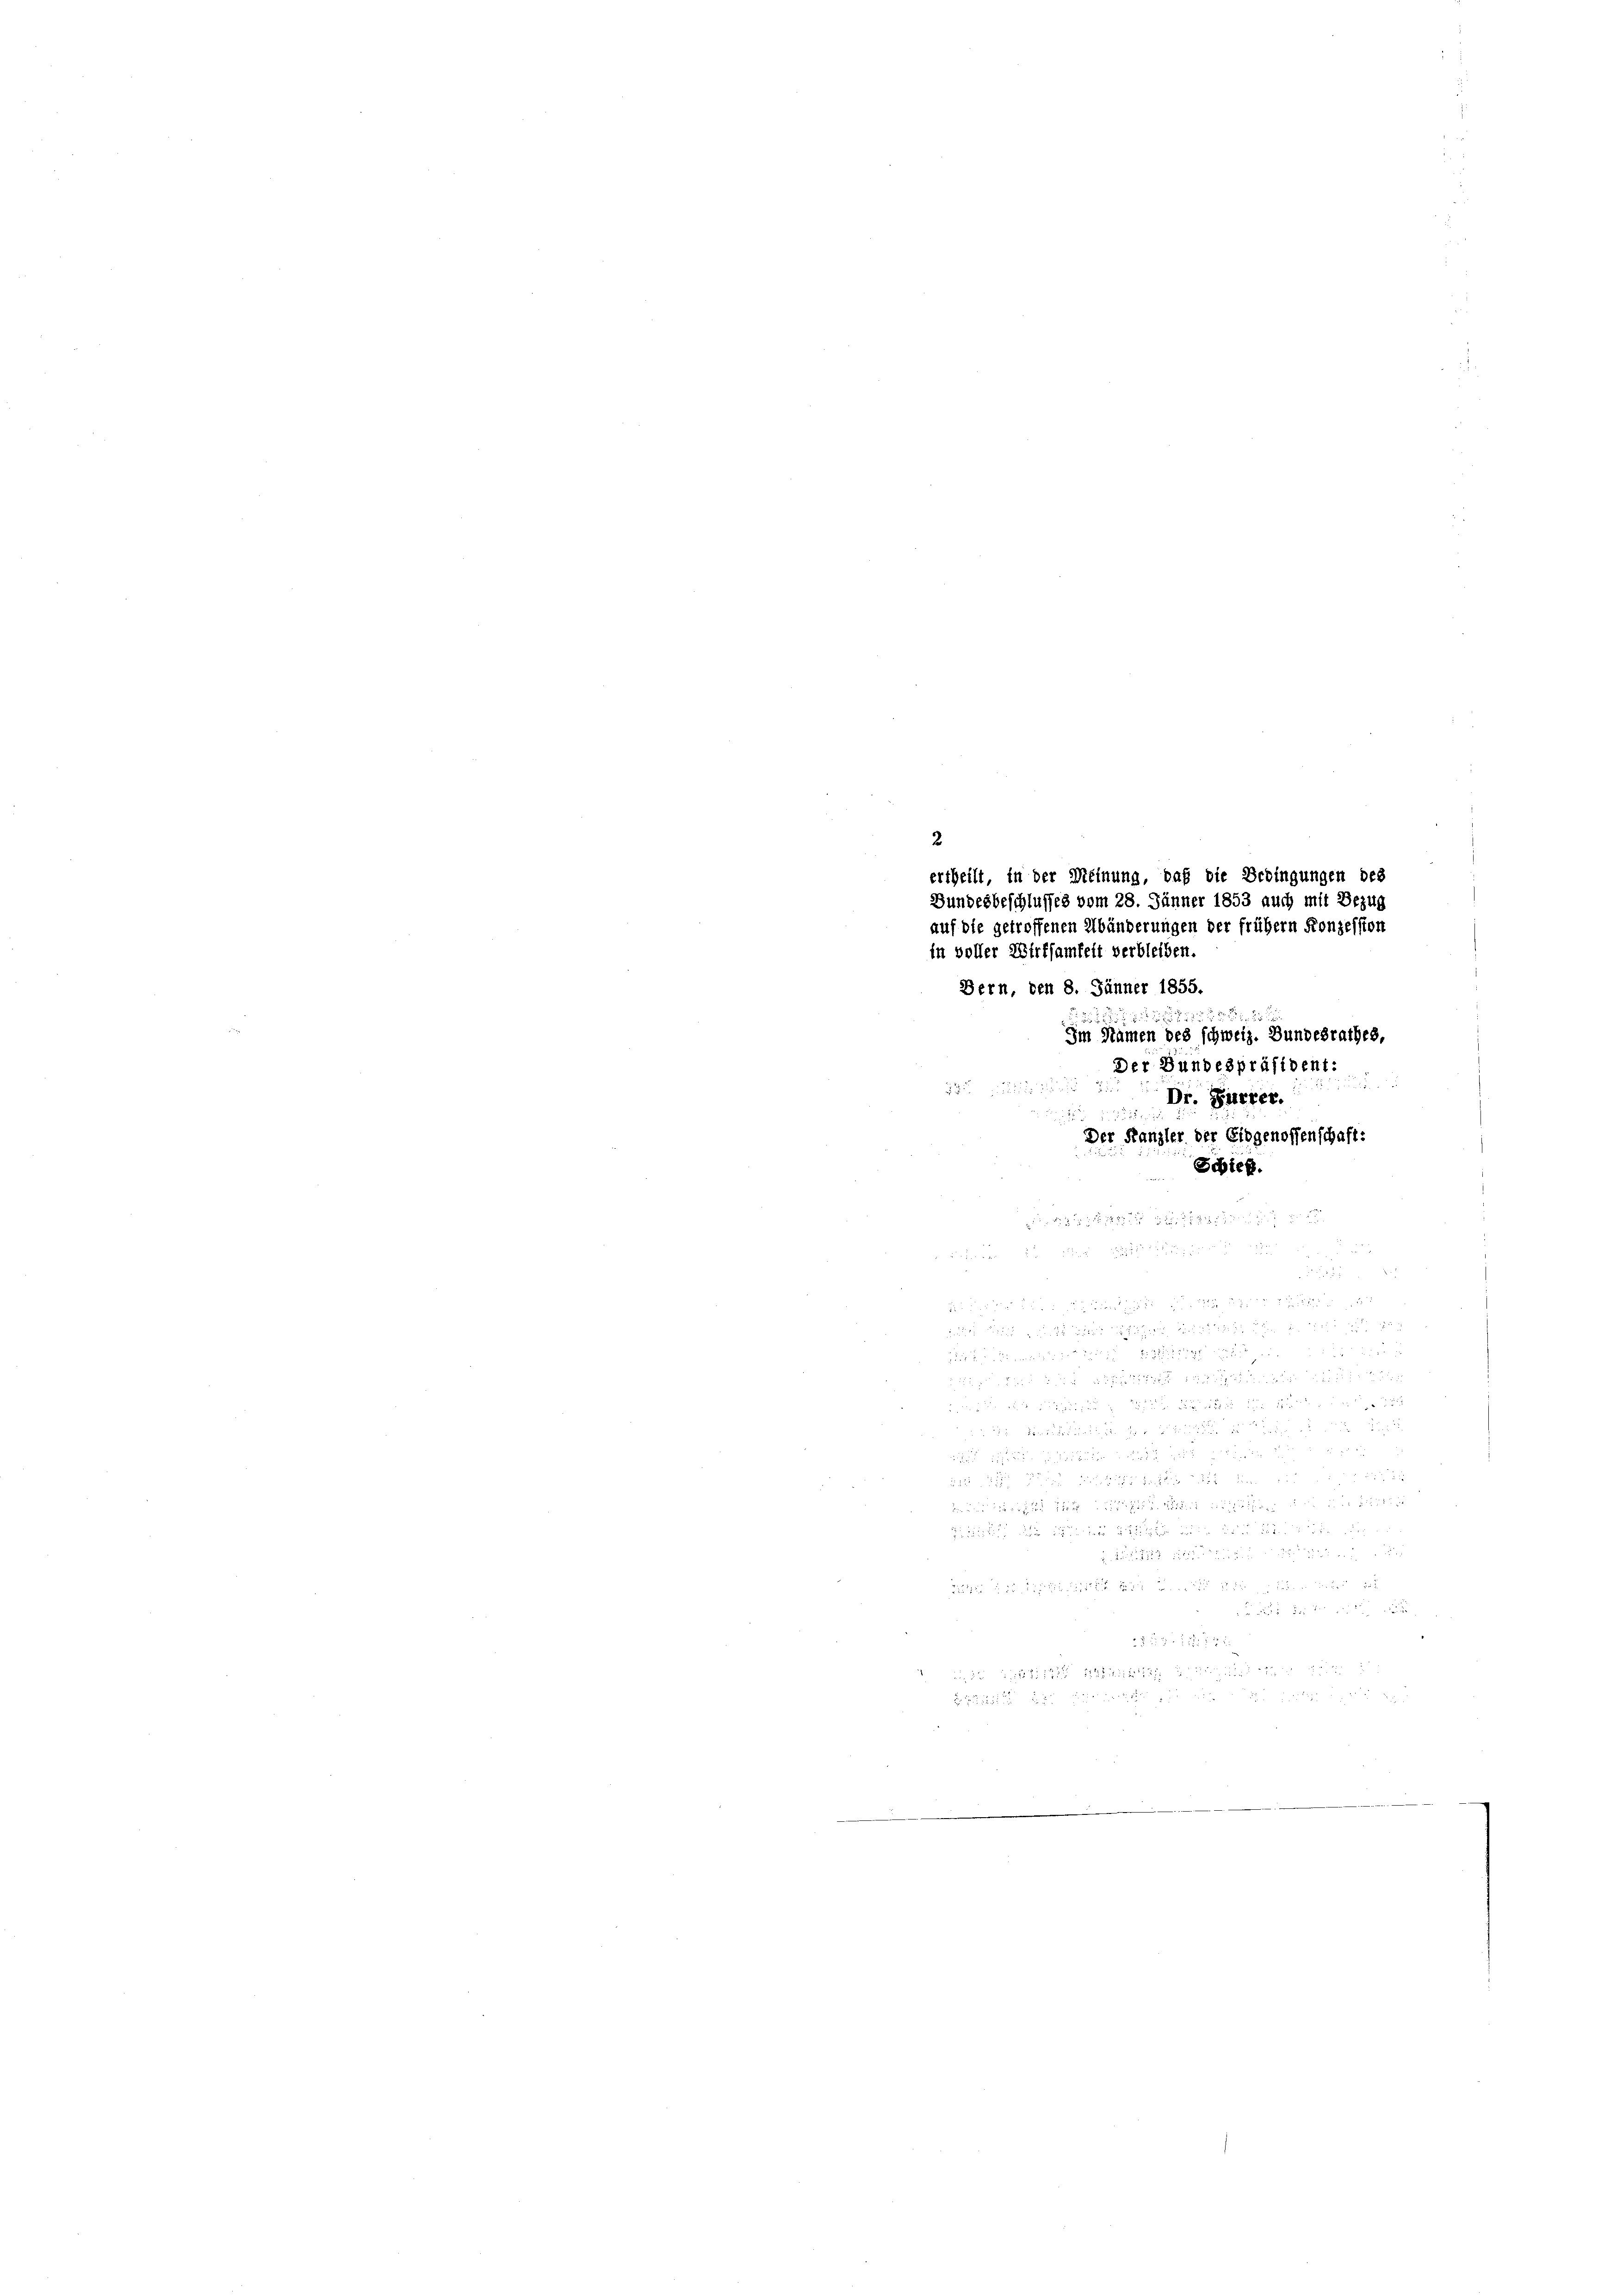
Bern, den 8. Jänner 1855
282 f 2 x 2

Im Namen des schweiz. Bundesrathes,
Der Bundespräsident:

Dr. Furrer.
Der Kanzler der Eidgenossenschaft:

 1 x
e
 8 f 24 x

.
 ie
 x
s

2
ertheilt, in der Meinung, daß die Bedingungen des
Bundesbeschlusses vom 28. Jänner 1853 auch mit Bezug
auf die getroffenen Abänderungen der früher Konzession
in voller Wirksamkeit verbleiben.

Schied.